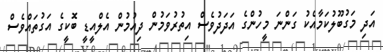
އަދި މަގުބޫލުކަމާއެކު ގަންނަ މީހުންގެ އަދަދުވެސް އިތުރުވަމުން ދިއުމުން އެލްއީޑީ ބޮކީގެ އަގުތައްވެސް